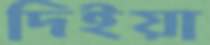
দিইয়া